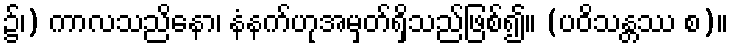
၌၊) ကာလသညိနော၊ နံနက်ဟုအမှတ်ရှိသည်ဖြစ်၍။ (ပဝိသန္တဿ စ)။